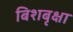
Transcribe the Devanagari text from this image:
बिशबृक्षा